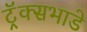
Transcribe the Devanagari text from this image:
ट्रॅक्सभाडे